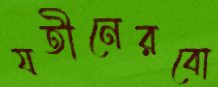
যতীনেরবো